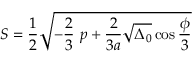
S = { \frac { 1 } { 2 } } { \sqrt { - { \frac { 2 } { 3 } } \ p + { \frac { 2 } { 3 a } } { \sqrt { \Delta _ { 0 } } } \cos { \frac { \phi } { 3 } } } }